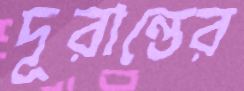
দূরান্তের